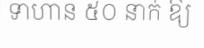
ទាហាន ៥០ នាក់ ឱ្យ